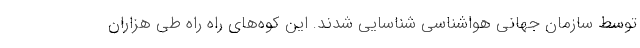
توسط سازمان جهانی هواشناسی شناسایی شدند. این کوه‌های راه راه طی هزاران